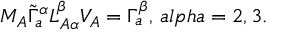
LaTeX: M _ { A } \tilde { \Gamma } _ { a } ^ { \alpha } L _ { A \alpha } ^ { \beta } V _ { A } = \Gamma _ { a } ^ { \beta } , \, a l p h a = 2 , 3 .